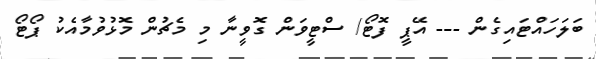
ބަލަހައްޓައިގެން --- އޭޕީ ފޮޓޯ/ ސްޓީވަން ގޮވީނާ މި މެޗުން މޮޅުވުމާއެކު ޕޯޓޯ